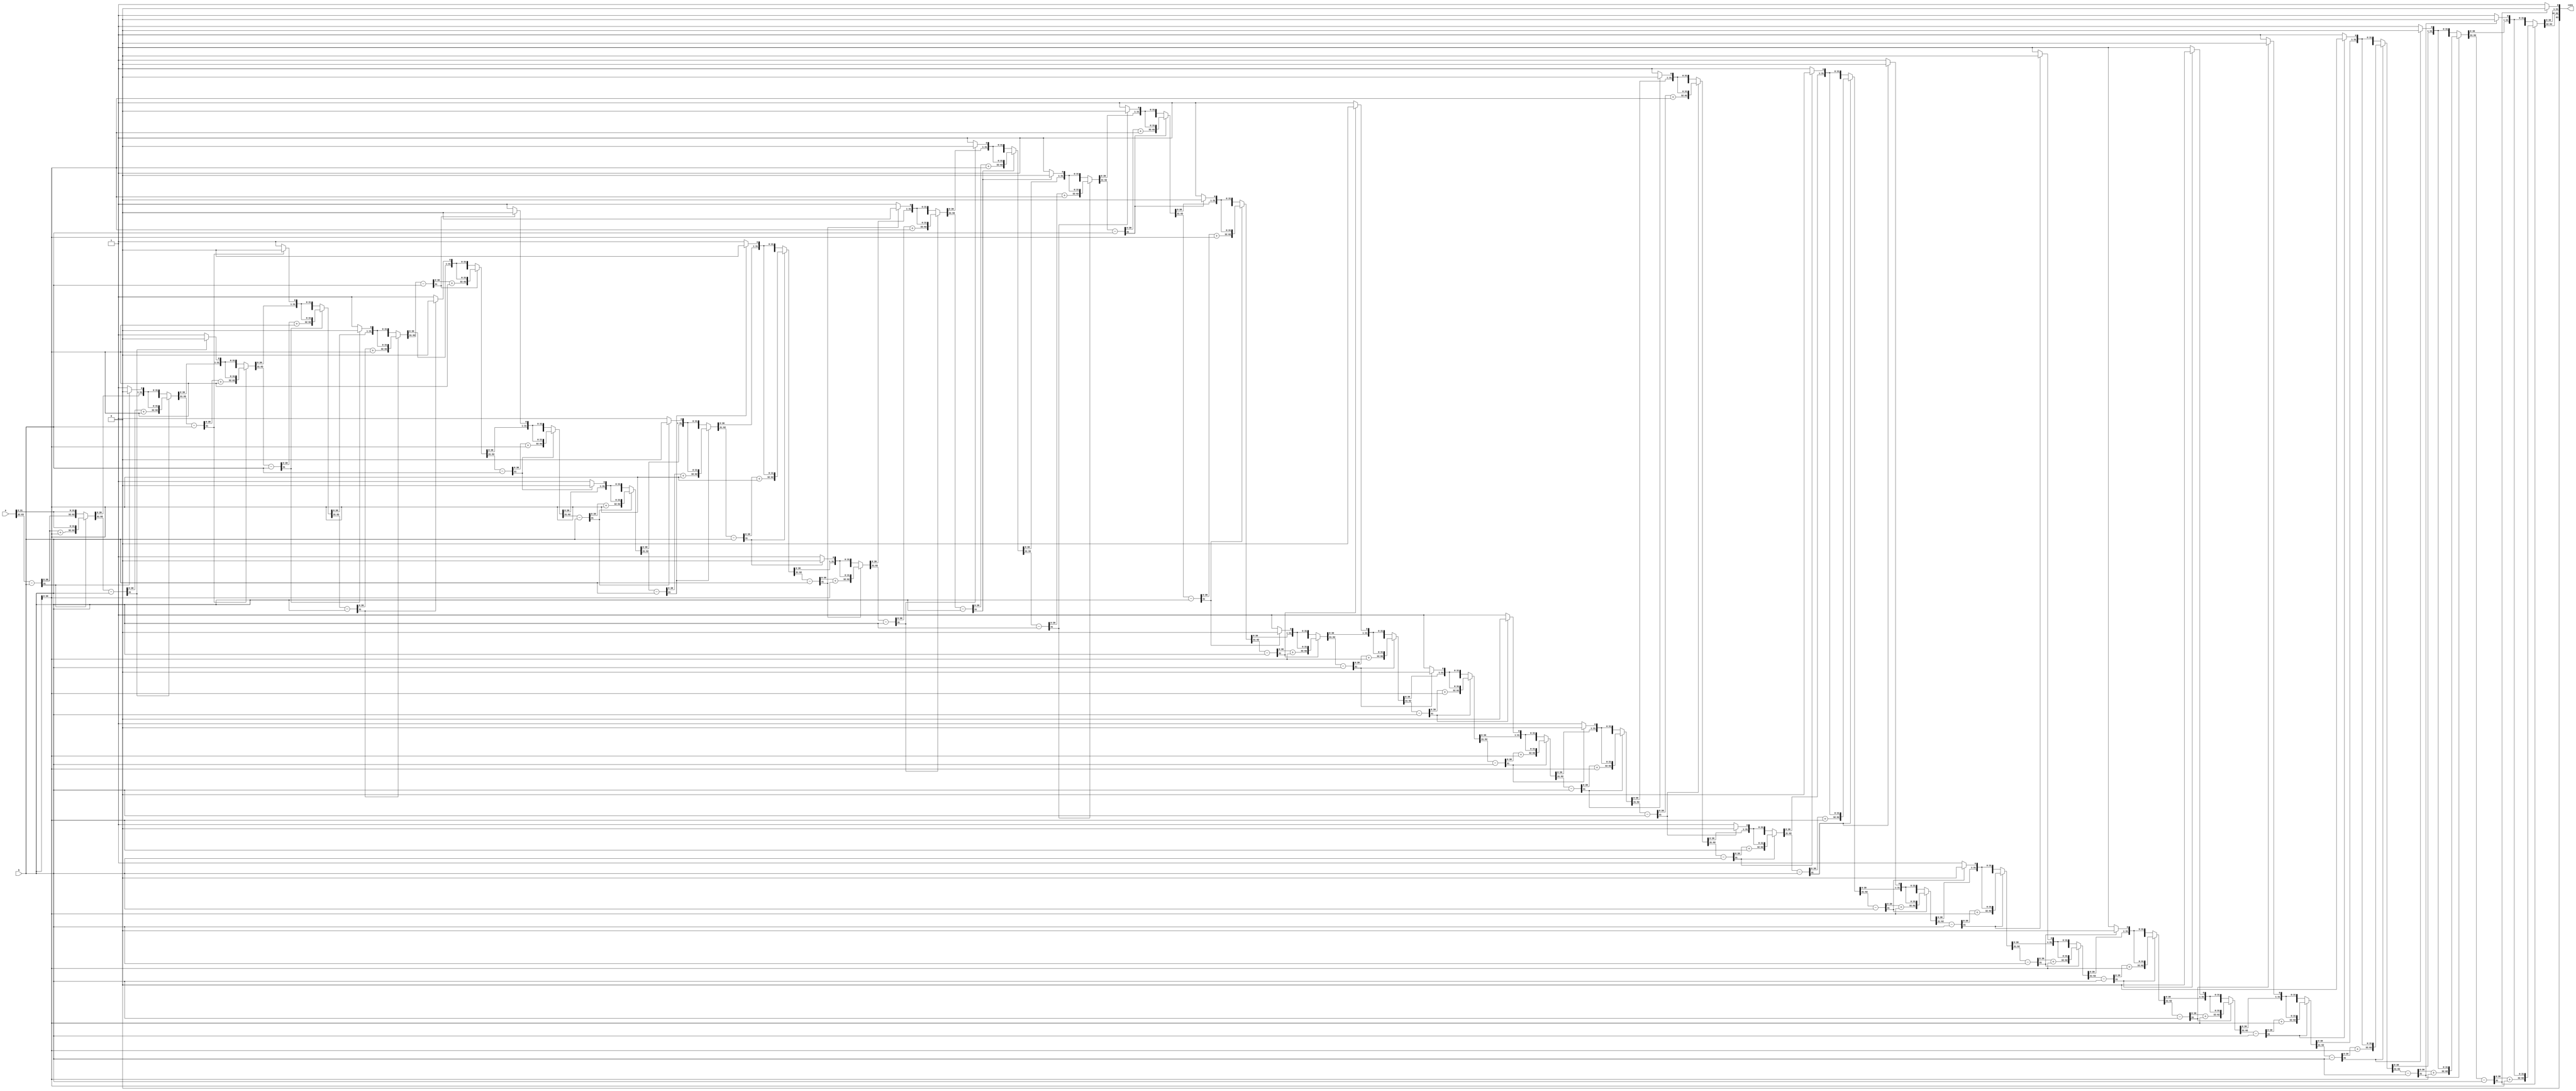
// Divider

`ifndef _DIV_V_
`define _DIV_V_

module Div32(cons, a, b);

output reg [63:0] cons;
input [63:0] a;
input [31:0] b;

integer i;
always @(a or b) begin
    cons = a;

    for (i = 0; i < 33; i = i + 1) begin
        cons[63:32] = cons[63:32] - b;
        if (cons[63] & 1'b1) begin
            cons[63:32] = cons[63:32] + b;
            cons = cons << 1;
        end
        else begin
            cons = cons << 1;
            cons[0] = 1;
        end
    end
    cons[63:32] = cons[63:32] >> 1;
end

endmodule

`endif